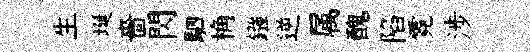
生埏嗇閃駟桷鏹逆属醜陷霓涉